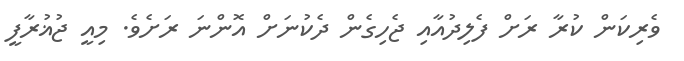
ވެރިކަން ކުރާ ރަށް ފެލިދުއާއި ޖެހިގެން ދެކުނަށް އޮންނަ ރަށެވެ. މިއީ ޖުޣުރާފީ